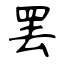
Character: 罢